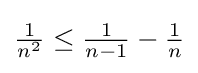
{\textstyle {\frac {1}{n^{2}}}\leq {\frac {1}{n-1}}-{\frac {1}{n}}}